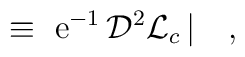
{~~~}  ~\equiv~ {\rm e}^{-1} \, {\cal D}^2 {\cal L}_c \, | ~~~, {~~~~~~~~~~~~~~~~~~~~~~~~~~~~~~~~}